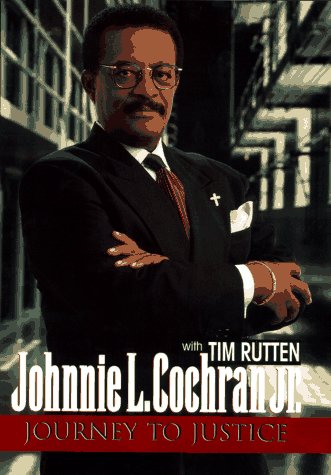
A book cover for Journey to Justice; Johnnie Cochran; Law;